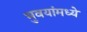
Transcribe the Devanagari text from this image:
भुवयांमध्ये